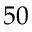
5 0